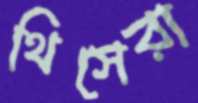
থিসেরা